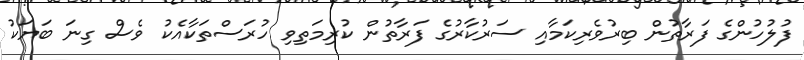
ފުލުހުންގެ ފަރާތުން ބިރުވެރިކަމާއި ސަރުކާރުގެ ފަރާތުން ކުރިމަތިވި ހުރަސްތަކާއެކު ވެސް ގިނަ ބަޔަކު